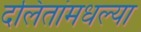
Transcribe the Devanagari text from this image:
दलितांमधल्या